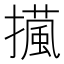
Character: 𢶻